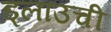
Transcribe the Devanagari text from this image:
ड्लाउची